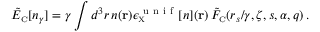
\tilde { E } _ { \scriptscriptstyle \mathrm { C } } [ n _ { \gamma } ] = \gamma \int d ^ { 3 } r \, n ( { \bf r } ) \epsilon _ { \scriptscriptstyle \mathrm { X } } ^ { \mathrm { ~ u ~ n ~ i ~ f ~ } } [ n ] ( { \bf r } ) \, \tilde { F } _ { \scriptscriptstyle \mathrm { C } } ( r _ { s } / \gamma , \zeta , s , \alpha , q ) \, .